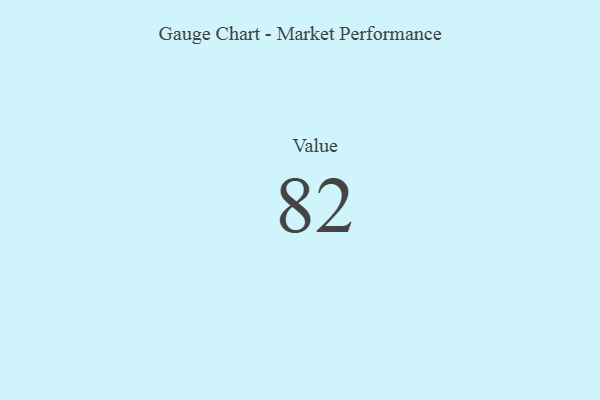
{"axis": {"x": "Metric", "y": "Value"}, "legend": [""], "data": [{"x": "Value", "y": 82, "type": ""}]}